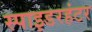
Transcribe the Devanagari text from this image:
स्पाइडरहंटर